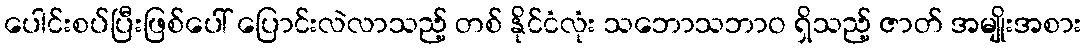
ပေါင်းစပ်ပြီးဖြစ်ပေါ် ပြောင်းလဲလာသည့် တစ် နိုင်ငံလုံး သဘောသဘာဝ ရှိသည့် ဇာတ် အမျိုးအစား